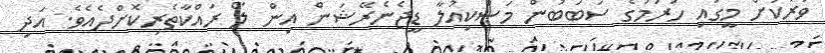
ވަރަކަށް މީގައި ހުރުމުގެ ސަބަބުން މަސްކިއުލާ ޑީޖެނެރޭޝަން އިން ލޯ ރައްކާތެރިކޮށްދެއެވެ. އަދި